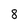
Character: 8